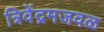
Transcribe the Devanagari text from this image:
त्रिवेंद्रमजवळ